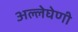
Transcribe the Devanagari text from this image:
अल्लेघेणी